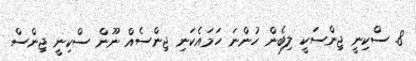
8. ސްކިނީ ޖިންސަކީ ލިބެން ހުންނަ ހަމައެކަނި ޖިންސެއް ނޫން ސްކިނީ ޖިންސް